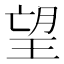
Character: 望